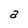
Character: a